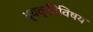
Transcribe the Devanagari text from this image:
व्यक्तिविषय